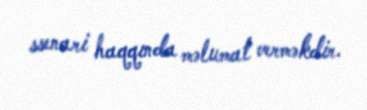
ssenari haqqında məlumat verməkdir.